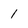
Character: 1